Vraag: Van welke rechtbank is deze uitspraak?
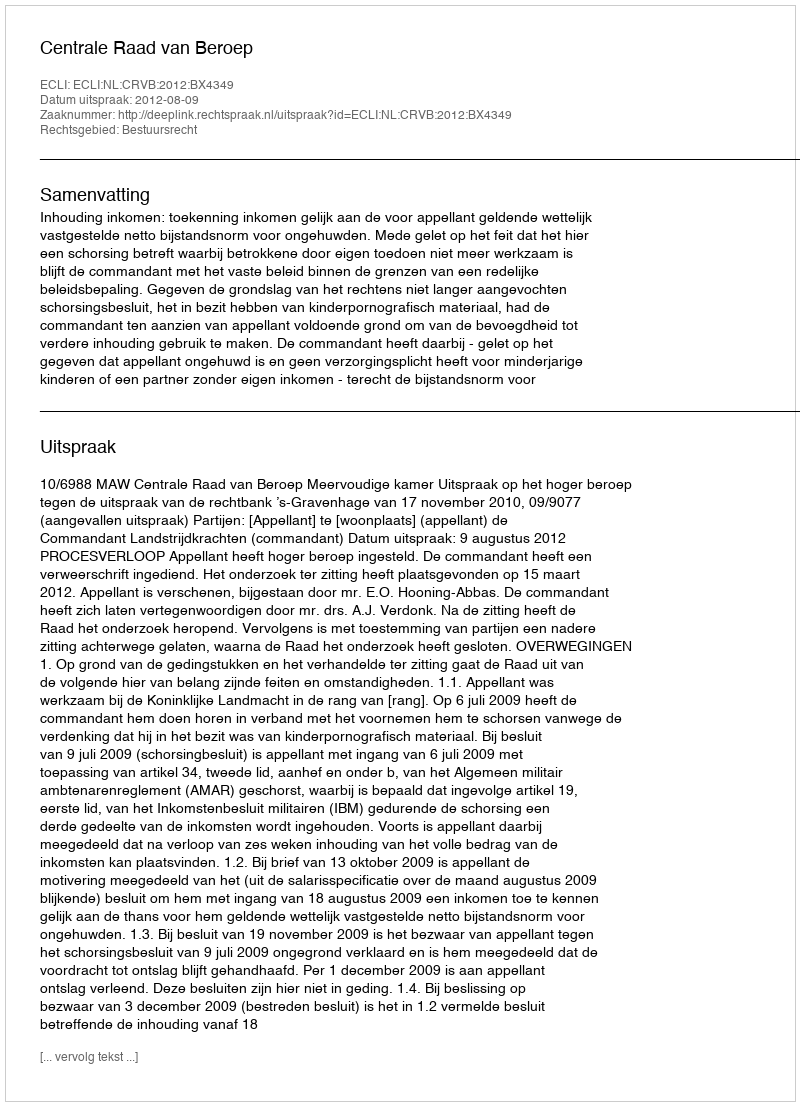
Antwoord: Centrale Raad van Beroep